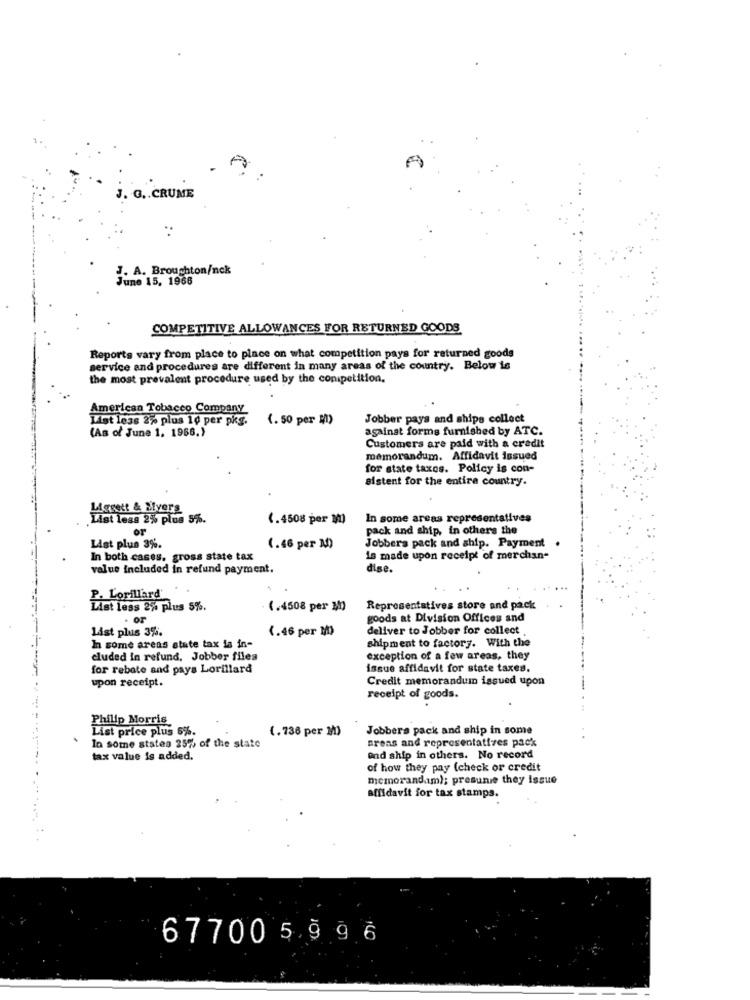
A
J. G .. CRUME
J. A. Broughton/nck
June 15, 1966
COMPETITIVE ALLOWANCES FOR RETURNED GOODS
Reports vary from place to place on what competition pays for returned goods
service and procedures are different in many areas of the country. Below is
the most prevalent procedure used by the competition.
American Tobacco Company
List less 2% plus 1¢ per pkg.
(. 50 per I)
Jobber pays and ships collect
against forms furnished by ATC.
(As of June 1. 1966.)
Customers are paid with a credit
memorandum. Affidavit issued
for state taxes. Policy is con-
sistent for the entire country.
Liggett & Myers
List less 2% plus 5%.
(.4508 per 10)
In some areas representatives
or
pack and ship, in others the
Jobbers pack and ship. Payment
List plus 3%.
(.46 per M)
In both cases, gross state tax
is made upon receipt of merchan-
value included in refund payment.
dise.
P. Lorillard'
List less 2% plus 5%.
(.4508 per M)
Representatives store and pack
. or
goods at Division Offices and
List plus 3%.
(.46 per M)
deliver to Jobber for collect
shipment to factory. With the
In some areas state tax la in-
cluded in refund, Jobber files
exception of a few areas, they
for rebate and pays Lorillard
issue affidavit for state taxes.
upon receipt.
Credit memorandum issued upon
receipt of goods.
Philip Morris
List price plus 6%.
(.736 per ]/0)
Jobbers pack and ship in some
areas and representatives pack
In some states 25% of the state
tax value is added.
Ond ship in others. No record
of how they pay (check or credit
memorandam); presunie they Issue
affidavit for tax stamps.
67700 5 9 9 6